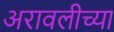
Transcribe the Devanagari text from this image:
अरावलीच्या